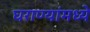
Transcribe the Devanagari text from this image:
घराण्यांमध्ये